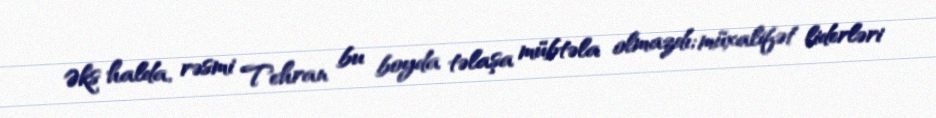
Əks halda, rəsmi Tehran bu boyda təlaşa mübtəla olmazdı; müxalifət liderləri